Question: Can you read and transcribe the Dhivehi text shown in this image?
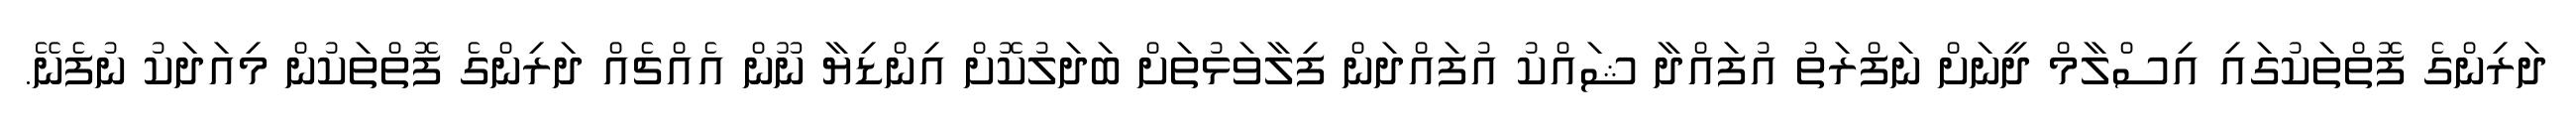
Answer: ދަރިންގެ ފޮތްތަކުގައި އިސްލާމް ދީނަށް ނަފްރަތު އުފައްދާ ޝައްކު އުފައްދަން ފިލާވަޅުތަށް ބަދަލުކޮށް އިންޑިޔާ ނޫން އެއްޗެއް ދަރިންގެ ފޮތްތަކުން މިއަދަކު ނުފެނޭ.